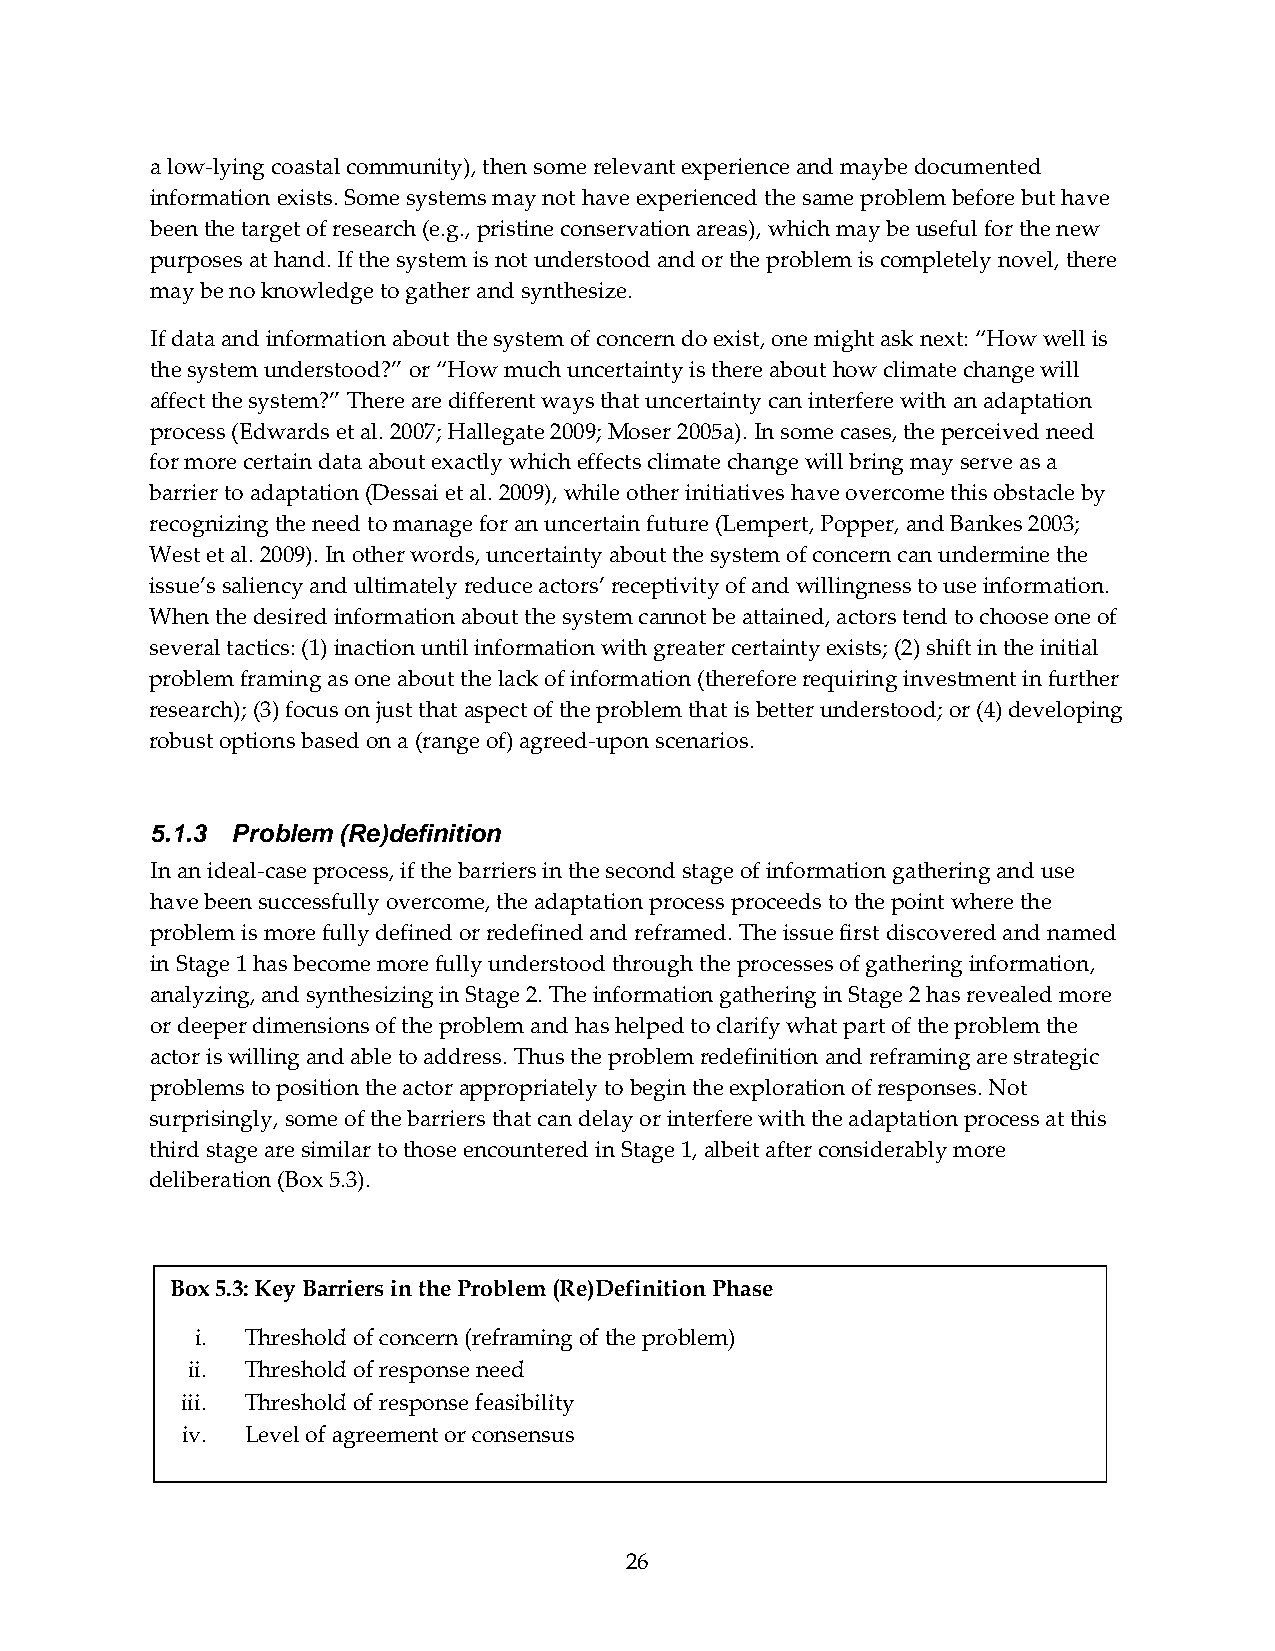
a low‐lying coastal community), then some relevant experience and maybe documented
 information exists. Some systems may not have experienced the same problem before but have
 been the target of research (e.g., pristine conservation areas), which may be useful for the new
 purposes at hand. If the system is not understood and or the problem is completely novel, there
 may be no knowledge to gather and synthesize.
 If data and information about the system of concern do exist, one might ask next: “How well is
 the system understood?” or “How much uncertainty is there about how climate change will
 affect the system?” There are different ways that uncertainty can interfere with an adaptation
 process (Edwards et al. 2007; Hallegate 2009; Moser 2005a). In some cases, the perceived need
 for more certain data about exactly which effects climate change will bring may serve as a
 barrier to adaptation (Dessai et al. 2009), while other initiatives have overcome this obstacle by
 recognizing the need to manage for an uncertain future (Lempert, Popper, and Bankes 2003;
 West et al. 2009). In other words, uncertainty about the system of concern can undermine the
 issue’s saliency and ultimately reduce actors’ receptivity of and willingness to use information.
 When the desired information about the system cannot be attained, actors tend to choose one of
 several tactics: (1) inaction until information with greater certainty exists; (2) shift in the initial
 problem framing as one about the lack of information (therefore requiring investment in further
 research); (3) focus on just that aspect of the problem that is better understood; or (4) developing
 robust options based on a (range of) agreed‐upon scenarios.
 5.1.3 Problem (Re)definition
 In an ideal‐case process, if the barriers in the second stage of information gathering and use
 have been successfully overcome, the adaptation process proceeds to the point where the
 problem is more fully defined or redefined and reframed. The issue first discovered and named
 in Stage 1 has become more fully understood through the processes of gathering information,
 analyzing, and synthesizing in Stage 2. The information gathering in Stage 2 has revealed more
 or deeper dimensions of the problem and has helped to clarify what part of the problem the
 actor is willing and able to address. Thus the problem redefinition and reframing are strategic
 problems to position the actor appropriately to begin the exploration of responses. Not
 surprisingly, some of the barriers that can delay or interfere with the adaptation process at this
 third stage are similar to those encountered in Stage 1, albeit after considerably more
 deliberation (Box 5.3).
 Box 5.3: Key Barriers in the Problem (Re)Definition Phase
 i. Threshold of concern (reframing of the problem)
 ii. Threshold of response need
 iii. Threshold of response feasibility
 iv. Level of agreement or consensus
 26